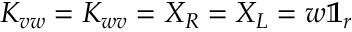
K _ { v w } = K _ { w v } = X _ { R } = X _ { L } = w \mathbb { 1 } _ { r }